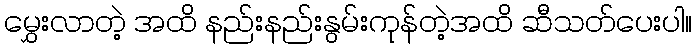
မွှေးလာတဲ့ အထိ နည်းနည်းနွမ်းကုန်တဲ့အထိ ဆီသတ်ပေးပါ။